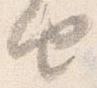
由